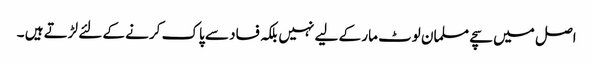
اصل میں سچے مسلمان لوٹ مار کے لیے نہیں بلکہ فساد سے پاک کرنے کے لئے لڑتے ہیں ۔